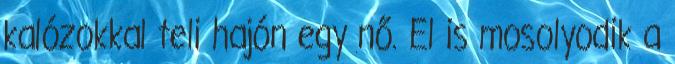
kalózokkal teli hajón egy nő. El is mosolyodik a